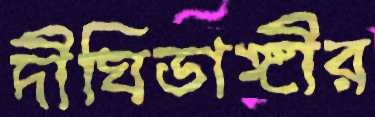
দীঘিডাঙ্গীর